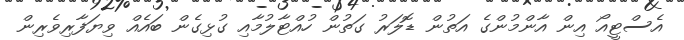
އެސްޓީއޯ އިން އާންމުންގެ އަތުން ޑޮލަރު ގަތުން ހުއްޓާލުމާއި ގުޅިގެން ބައެއް ވިޔަފާރިވެރިން